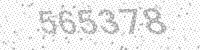
Solution: 565378